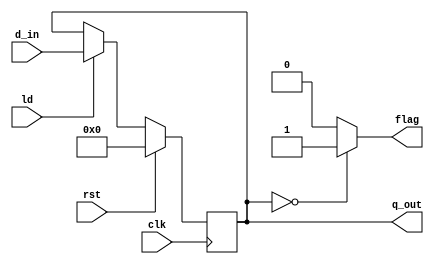
`timescale 1ns / 1ps
//////////////////////////////////////////////////////////////////////////////////
// Company: 
// Engineer: 
// 
// Design Name: 
// Module Name: dreg
// Project Name: 
// Target Devices: 
// Tool Versions: 
// Description: 
// 
// Dependencies: 
// 
// Revision:
// Revision 0.01 - File Created
// Additional Comments:
// 
//////////////////////////////////////////////////////////////////////////////////


module dreg(input clk, ld, rst,
	input [3:0] d_in,
	output reg [3:0] q_out,
	output reg flag
    );

always@(posedge clk) begin
		  if (rst) q_out<=4'b0;
	else  if (ld) q_out<= d_in;
	else q_out<=q_out;
end

always@(q_out)begin //checks for divide by zero error
if (q_out==4'b0) flag=1;
else flag=0;
end
endmodule